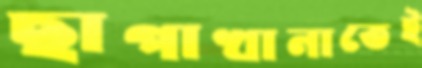
ছাপাখানাতেই